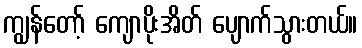
ကျွန်တော့် ကျောပိုးအိတ် ပျောက်သွားတယ်။